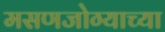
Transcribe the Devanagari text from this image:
मसणजोग्याच्या